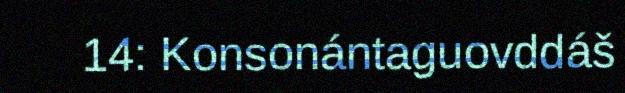
14: Konsonántaguovddáš